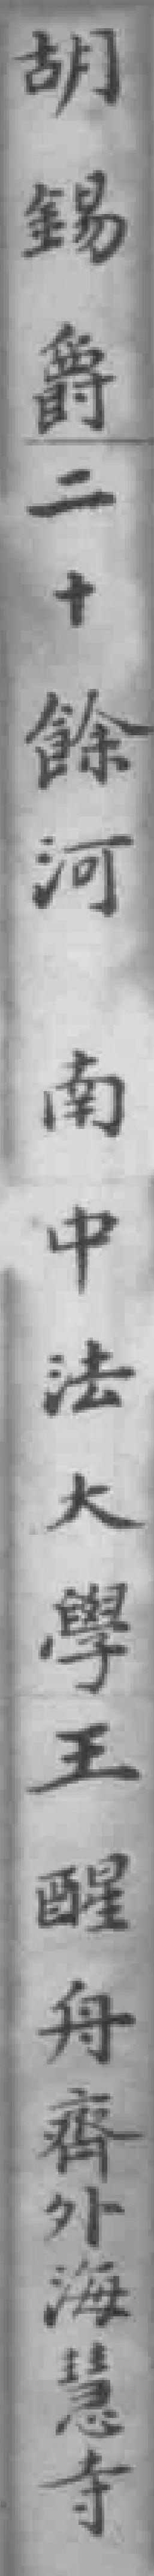
胡錫爵二十餘河南中法大學王醒舟齊外海慧寺